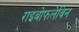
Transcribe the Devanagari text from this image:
राइबोफलेविन